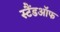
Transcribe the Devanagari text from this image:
स्टैंडऑफ